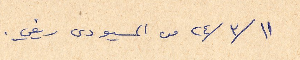
١١ /٣/ ٢٤ من المسيو دى ريفي.